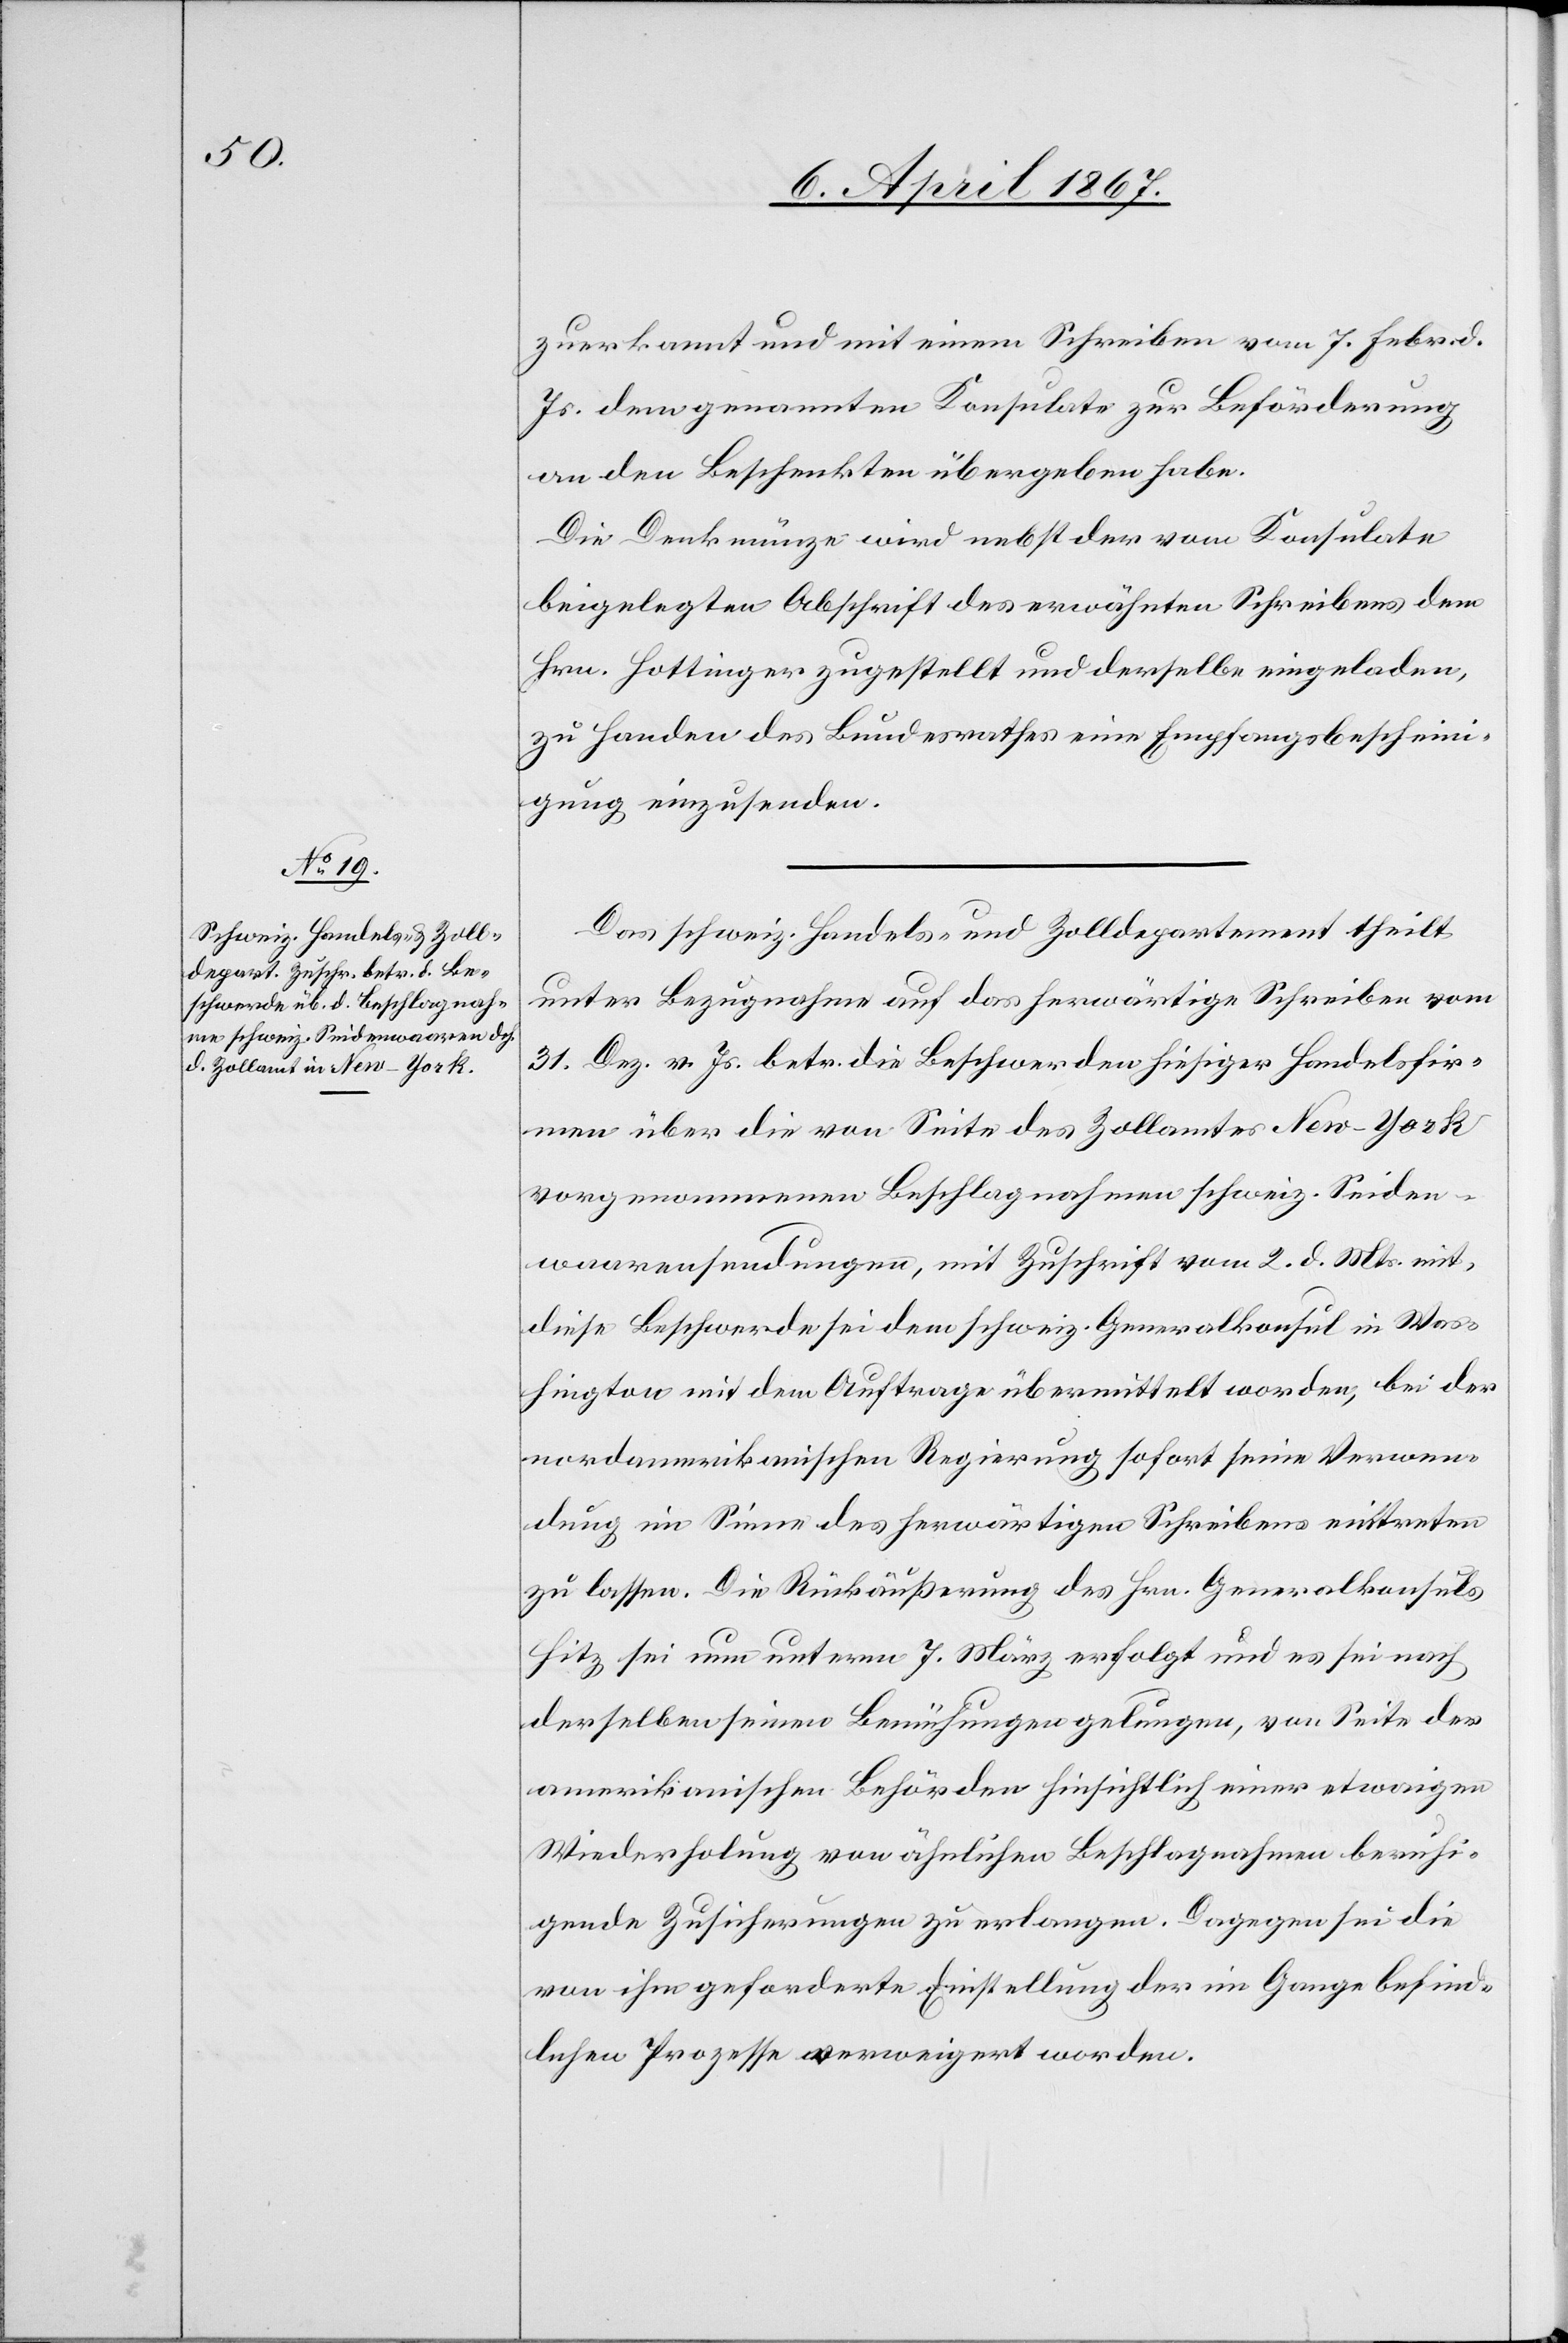
6. April 1867.]
zuerkannt und mit einem Schreiben vom 7. Febr. d.
Js. dem genannten Konsulate zur Beförderung
an den Beschenkten übergeben habe.
Die Denkmünze wird nebst der vom Konsulate
beigelegten Abschrift des erwähnten Schreibens dem
Hrn. Hottinger zugestellt und derselbe eingeladen,
zu Handen des Bundesrathes eine Empfangsbescheini¬
gung einzusenden.
Das schweiz. Handels- und Zolldepartement theilt
unter Bezugnahme auf das herwärtige Schreiben vom
31. Dez. v. Js. betr. die Beschwerden hiesiger Handelsfir¬
men über die von Seite des Zollamtes New-York
vorgenommenen Beschlagnahmen schweiz. Seiden¬
waarensendungen, mit Zuschrift vom 2. d. Mts mit,
diese Beschwerde sei dem schweiz. Generalkonsul in Was¬
hington mit dem Auftrage übermittelt worden, bei der
nordamerikanischen Regierung sofort seine Verwen¬
dung im Sinne des herwärtigen Schreibens eintreten
zu lassen. Die Rückäußerung des Hrn. Generalkonsuls
Hitz sei nun unterm 7. März erfolgt und es sei[en] nach
derselben seine Bemühungen gelungen, von Seite der
amerikanischen Behörden hinsichtlich einer etwaigen
Wiederholung von ähnlichen Beschlagnahmen beruhi¬
gende Zusicherungen zu erlangen. Dagegen sei die
von ihm geforderte Einstellung der im Gange befind¬
lichen Prozesse verweigert worden.